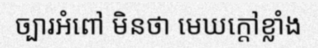
ច្បារអំពៅ មិនថា មេឃក្តៅខ្លាំង